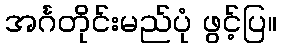
အင်္ဂတိုင်းမည်ပုံ ဖွင့်ပြ။